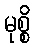
မုစ္စိ